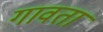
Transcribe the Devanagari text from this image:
गावता